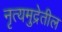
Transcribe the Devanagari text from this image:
नृत्यमुद्रेतील